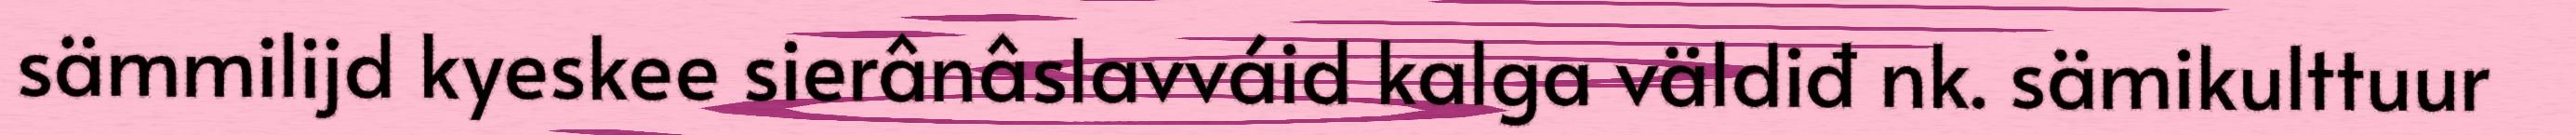
sämmilijd kyeskee sierânâslavváid kalga väldiđ nk. sämikulttuur